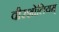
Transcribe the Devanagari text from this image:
वीरशोलियम्